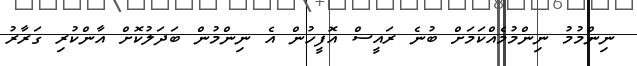
ނިންމުމު ނިންމުމެއްކަމަށް ބުނެ ރައީސް އޮފީހުން އެ ނިންމުން ބަދަލުކޮށް އާންކުރި ގަރާރު